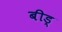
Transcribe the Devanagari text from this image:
बीड्